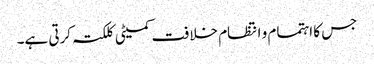
جس کا اہتمام و انتظام خلافت کمیٹی کلکتہ کرتی ہے۔